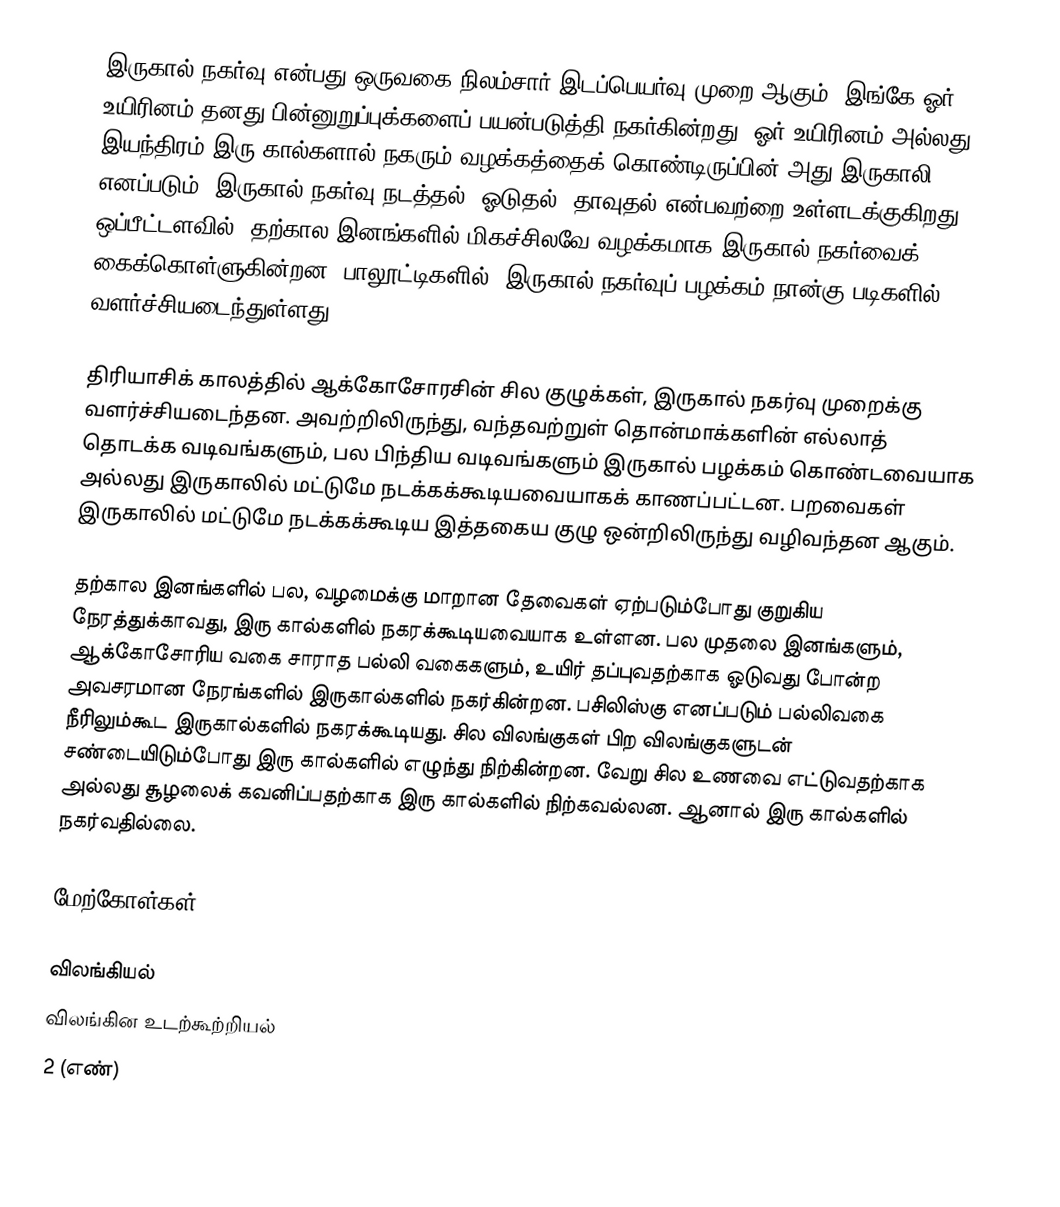
இருகால் நகர்வு என்பது ஒருவகை நிலம்சார் இடப்பெயர்வு முறை ஆகும். இங்கே ஓர் உயிரினம் தனது பின்னுறுப்புக்களைப் பயன்படுத்தி நகர்கின்றது. ஓர் உயிரினம் அல்லது இயந்திரம் இரு கால்களால் நகரும் வழக்கத்தைக் கொண்டிருப்பின் அது இருகாலி எனப்படும். இருகால் நகர்வு நடத்தல், ஓடுதல், தாவுதல் என்பவற்றை உள்ளடக்குகிறது. ஒப்பீட்டளவில், தற்கால இனங்களில் மிகச்சிலவே வழக்கமாக இருகால் நகர்வைக் கைக்கொள்ளுகின்றன. பாலூட்டிகளில், இருகால் நகர்வுப் பழக்கம் நான்கு படிகளில் வளர்ச்சியடைந்துள்ளது.

திரியாசிக் காலத்தில் ஆக்கோசோரசின் சில குழுக்கள், இருகால் நகர்வு முறைக்கு வளர்ச்சியடைந்தன. அவற்றிலிருந்து, வந்தவற்றுள் தொன்மாக்களின் எல்லாத் தொடக்க வடிவங்களும், பல பிந்திய வடிவங்களும் இருகால் பழக்கம் கொண்டவையாக அல்லது இருகாலில் மட்டுமே நடக்கக்கூடியவையாகக் காணப்பட்டன. பறவைகள் இருகாலில் மட்டுமே நடக்கக்கூடிய இத்தகைய குழு ஒன்றிலிருந்து வழிவந்தன ஆகும்.

தற்கால இனங்களில் பல, வழமைக்கு மாறான தேவைகள் ஏற்படும்போது குறுகிய நேரத்துக்காவது, இரு கால்களில் நகரக்கூடியவையாக உள்ளன. பல முதலை இனங்களும், ஆக்கோசோரிய வகை சாராத பல்லி வகைகளும், உயிர் தப்புவதற்காக ஓடுவது போன்ற அவசரமான நேரங்களில் இருகால்களில் நகர்கின்றன. பசிலிஸ்கு எனப்படும் பல்லிவகை நீரிலும்கூட இருகால்களில் நகரக்கூடியது. சில விலங்குகள் பிற விலங்குகளுடன் சண்டையிடும்போது இரு கால்களில் எழுந்து நிற்கின்றன. வேறு சில உணவை எட்டுவதற்காக அல்லது சூழலைக் கவனிப்பதற்காக இரு கால்களில் நிற்கவல்லன. ஆனால் இரு கால்களில் நகர்வதில்லை.

மேற்கோள்கள்

விலங்கியல்
விலங்கின உடற்கூற்றியல்
2 (எண்)